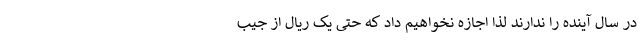
در سال آینده را ندارند لذا اجازه نخواهیم داد که حتی یک ریال از جیب